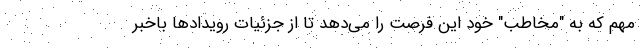
مهم که به "مخاطب" خود این فرصت را می‌دهد تا از جزئیات رویدادها باخبر